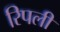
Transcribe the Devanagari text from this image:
रिपली